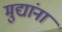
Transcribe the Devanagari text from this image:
मुद्यांना